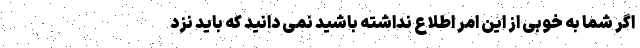
اگر شما به خوبی از این امر اطلاع نداشته باشید نمی دانید که باید نزد